Leaving Certificate Examination, 1924
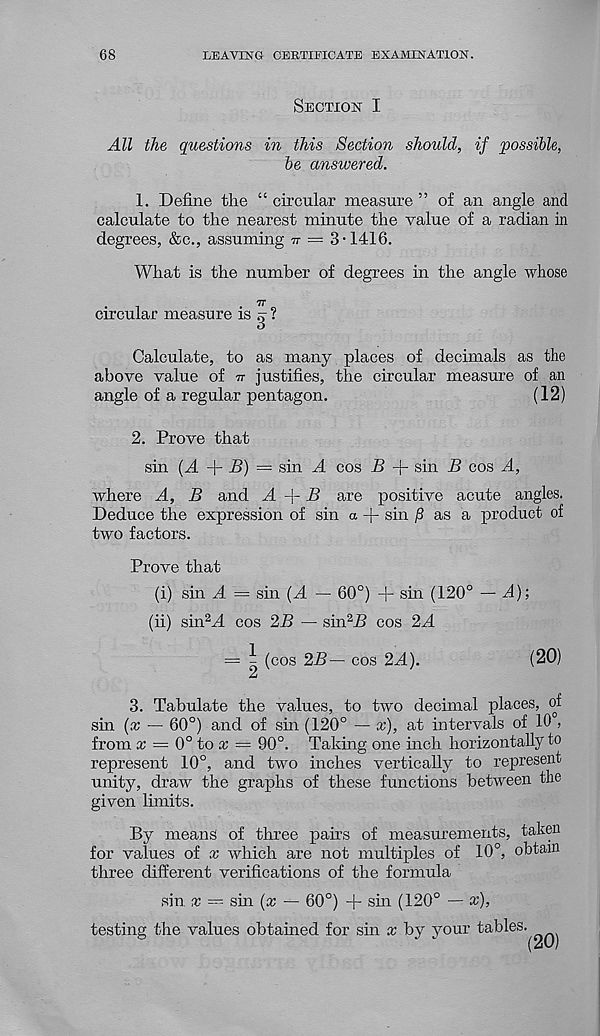
68
LEAVING CERTIFICATE EXAMINATION.
Section I
All the questions in this Section should, if possible,
be answered.
1. Define the “ circular measure ” of an angle and
calculate to the nearest minute the value of a radian in
degrees, &c., assuming v = 3-1416.
What is the number of degrees in the angle whose
circular measure is ^ ?
Calculate, to as many places of decimals as the
above value of tt justifies, the circular measure of an
angle of a regular pentagon.
(12)
2. Prove that
sin {A
B) = sin A cos B + sin B cos A,
where A, B and A -[- B are positive acute angles.
Deduce the expression of sin a + sin j8 as a product of
two factors.
Prove that
(i) sin A = sin (A — 60°) + sin (120° — A)-,
(ii) sin 2 J. cos 2B — sin 2 i? cos 2A
= ^ (cos 2B— cos 2.4).
(20)
3. Tabulate the values, to two decimal places, of
sin (x — 60°) and of sin (120° — x), at intervals of 10 ,
from x = 0° to x — 90°. Taking one inch horizontally to
represent 10°, and two inches vertically to represent
unity, draw the graphs of these functions between the
given limits.
By means of three pairs of measurements, taken
for values of x which are not multiples of 10°, obtain
three different verifications of the formula
sin x — sin (x — 60°) + shi (120° — x),
testing the values obtained for sin x by your tables.